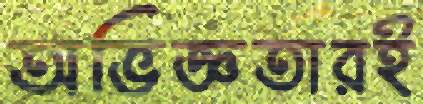
অভিজ্ঞতারই